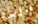
الليل